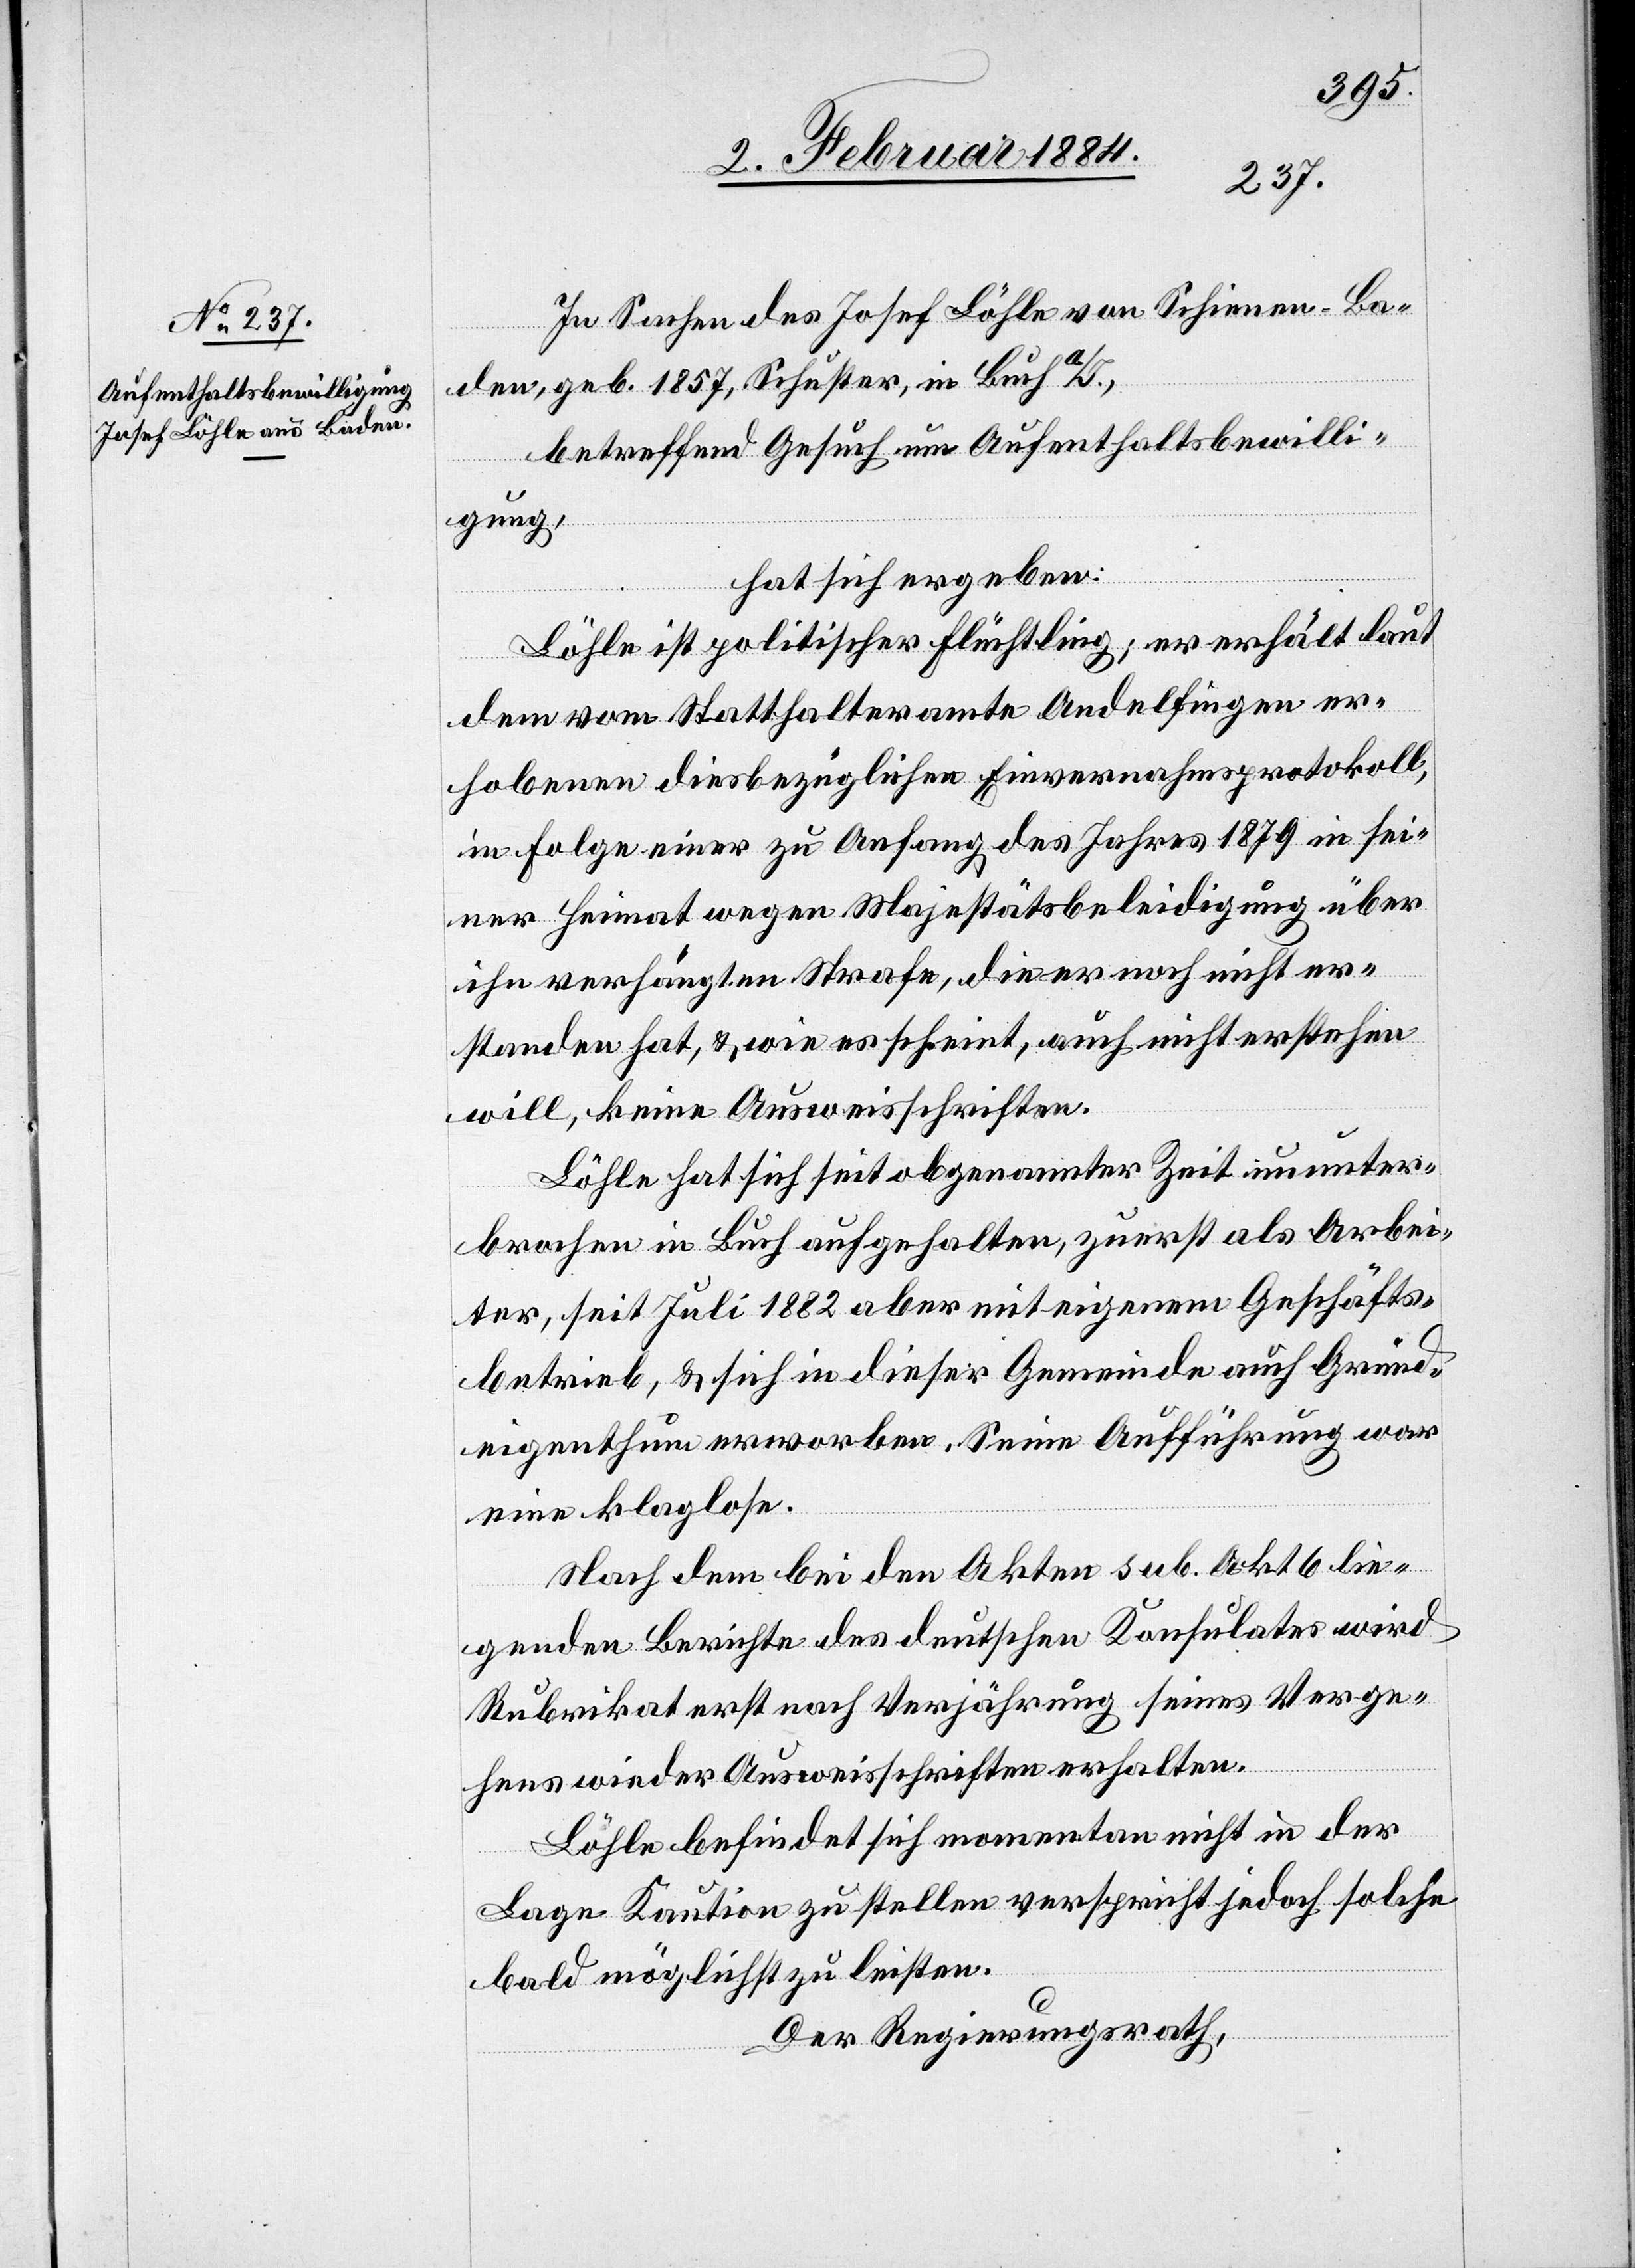
In Sachen des Josef Löhle von Schienen - Ba¬
den, geb. 1857, Schuster, in Buch a/I.,
betreffend Gesuch um Aufenthaltsbewilli¬
gung,
hat sich ergeben:
Löhle ist politischer Flüchtling; er erhält laut
dem vom Statthalteramte Andelfingen er¬
hobenen diesbezüglichen Einvernahmsprotokoll,
in Folge einer zu Anfang des Jahres 1879 in sei¬
ner Heimat wegen Majestätsbeleidigung über
ihn verhängten Strafe, die er noch nicht er¬
standen hat, & wie es scheint, auch nicht erstehen
will, keine Ausweisschriften.
Löhle hat sich seit obgenannter Zeit ununter¬
brochen in Buch aufgehalten, zuerst als Arbei¬
ter, seit Juli 1882 aber mit eigenem Geschäfts¬
betrieb, & sich in dieser Gemeinde auch Grund¬
eigenthum erworben. Seine Aufführung war
eine klaglose.
Nach dem bei den Akten sub. Akt. 6 lie¬
genden Berichte des deutschen Konsulates wird
Rubrikat erst nach Verjährung seines Verge¬
hens wieder Ausweisschriften erhalten.
Löhle befindet sich momentan nicht in der
Lage Kaution zu stellen, verspricht jedoch solche
bald möglichst zu leisten.
Der Regierungsrath,